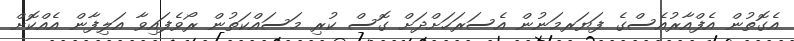
އެގޮތުން އެފްއާރުއެސްގެ ފަޔަރމަނުން އެސަރަހަށްދަށް ގޮސް ކުރި މަސައްކަތުން ރޯވެފައިވާ އަލިފާން އެއްކޮށް